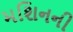
મશિનની